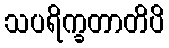
သပရိက္ခတာတိပိ